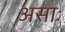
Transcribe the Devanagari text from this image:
असाः